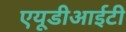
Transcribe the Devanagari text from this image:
एयूडीआईटी